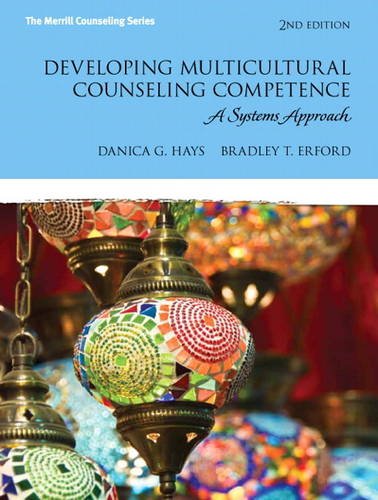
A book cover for Developing Multicultural Counseling Competence: A Systems Approach (2nd Edition) (Erford); Danica G. Hays; Education & Teaching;